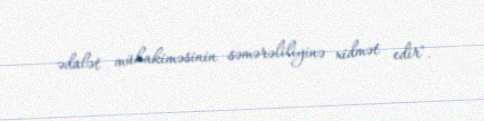
ədalət mühakiməsinin səmərəliliyinə xidmət edir".